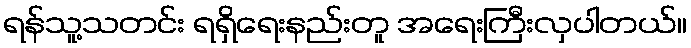
ရန်သူ့သတင်း ရရှိရေးနည်းတူ အရေးကြီးလှပါတယ်။